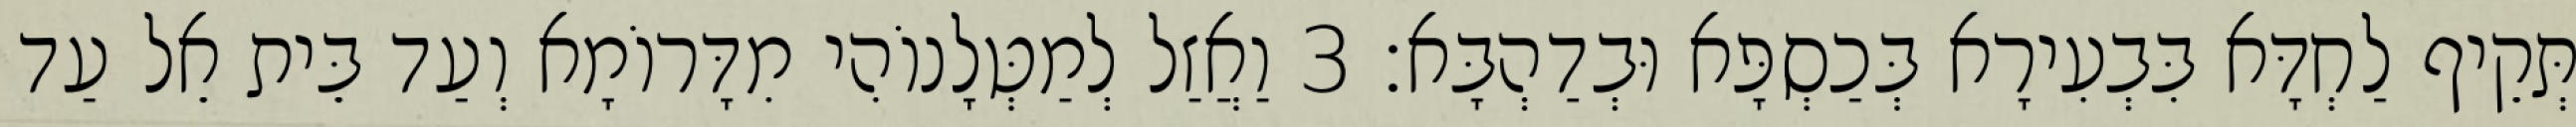
תְּקֵיף לַחְדָּא בִּבְעִירָא בְּכַסְפָּא וּבְדַהְבָּא׃ 3 וַאֲזַל לְמַטְּלָנוֹהִי מִדָּרוֹמָא וְעַד בֵּית אֵל עַד